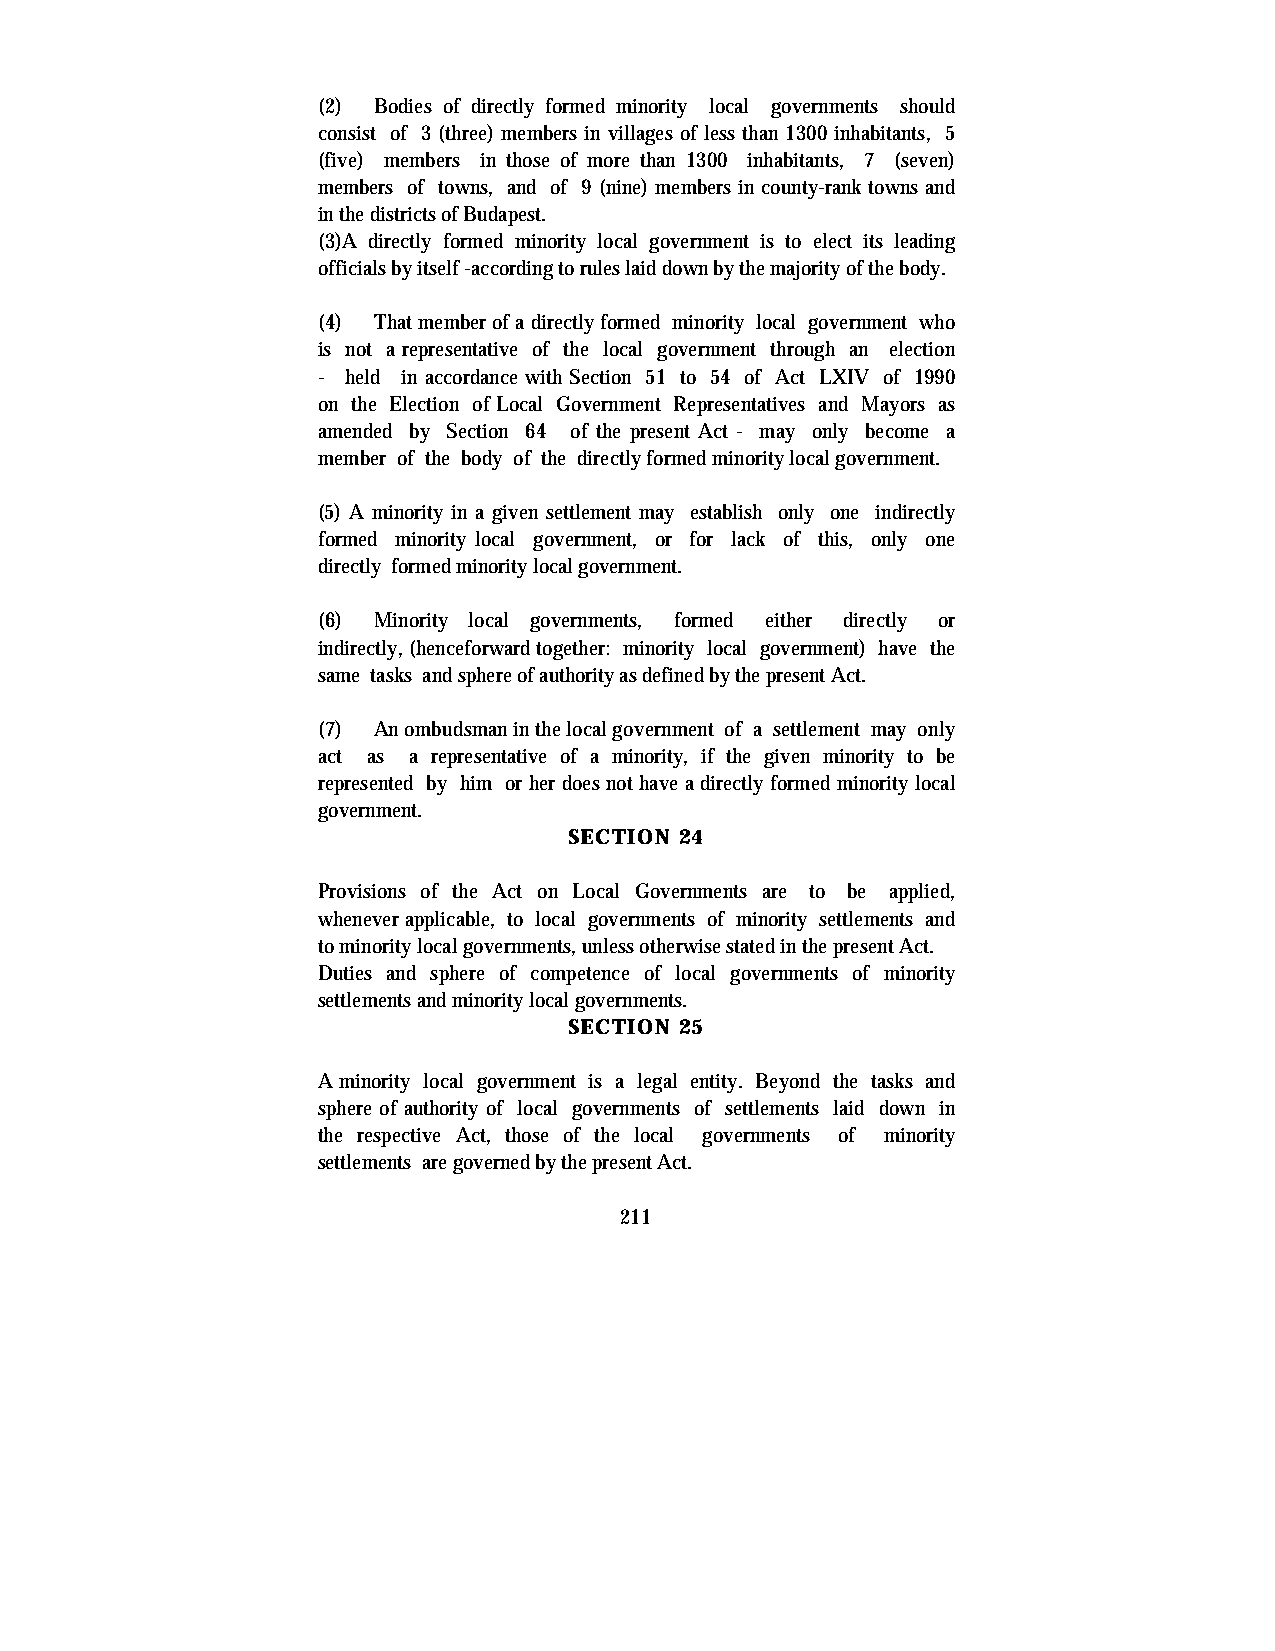
(2) Bodies of directly formed minority local governments should
 consist of 3 (three) members in villages of less than 1300 inhabitants, 5
 (five) members in those of more than 1300 inhabitants, 7 (seven)
 members of towns, and of 9 (nine) members in county-rank towns and
 in the districts of Budapest.
 (3)A directly formed minority local government is to elect its leading
 officials by itself -according to rules laid down by the majority of the body.
 (4) That member of a directly formed minority local government who
 is not a representative of the local government through an election
 - held in accordance with Section 51 to 54 of Act LXIV of 1990
 on the Election of Local Government Representatives and Mayors as
 amended by Section 64 of the present Act - may only become a
 member of the body of the directly formed minority local government.
 (5) A minority in a given settlement may establish only one indirectly
 formed minority local government, or for lack of this, only one
 directly formed minority local government.
 (6) Minority local governments, formed either directly or
 indirectly, (henceforward together: minority local government) have the
 same tasks and sphere of authority as defined by the present Act.
 (7) An ombudsman in the local government of a settlement may only
 act as a representative of a minority, if the given minority to be
 represented by him or her does not have a directly formed minority local
 government.
 SECTION 24
 Provisions of the Act on Local Governments are to be applied,
 whenever applicable, to local governments of minority settlements and
 to minority local governments, unless otherwise stated in the present Act.
 Duties and sphere of competence of local governments of minority
 settlements and minority local governments.
 SECTION 25
 A minority local government is a legal entity. Beyond the tasks and
 sphere of authority of local governments of settlements laid down in
 the respective Act, those of the local governments of minority
 settlements are governed by the present Act.
 211